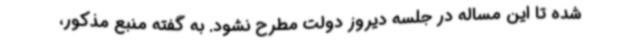
شده تا این مساله در جلسه دیروز دولت مطرح نشود. به گفته منبع مذکور،